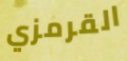
القرمزي